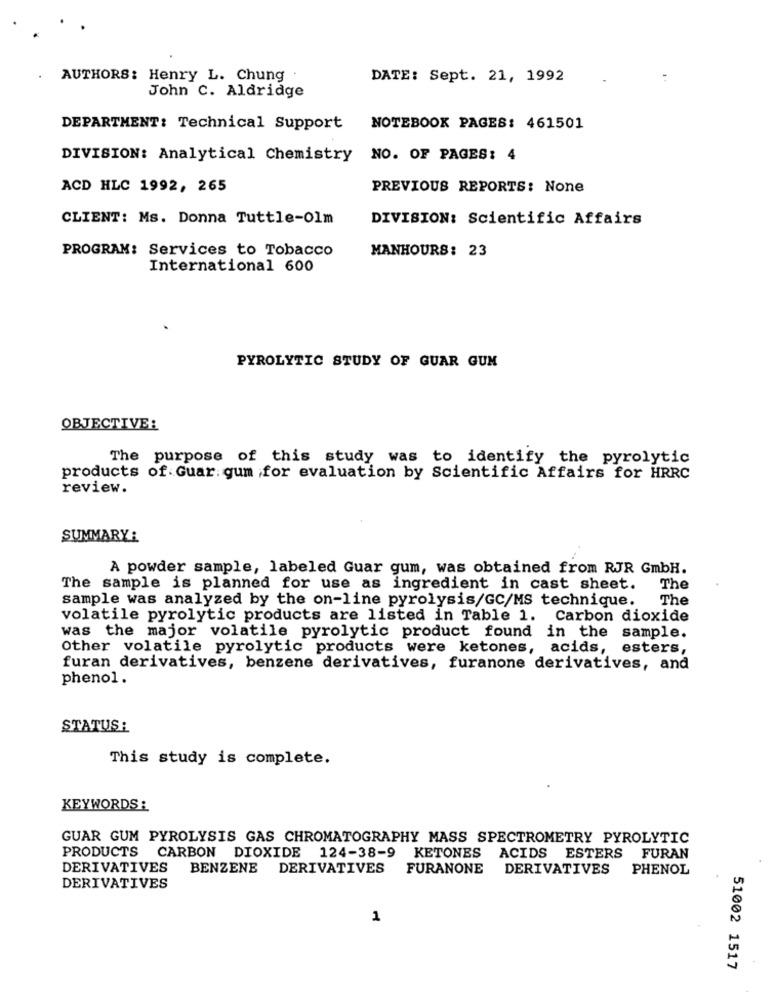
AUTHORS: Henry L. Chung
DATE: Sept. 21, 1992
John C. Aldridge
DEPARTMENT: Technical Support NOTEBOOK PAGES: 461501
DIVISION: Analytical Chemistry NO. OF PAGES: 4
ACD HLC 1992, 265
PREVIOUS REPORTS: None
CLIENT: Ms. Donna Tuttle-Olm
DIVISION: Scientific Affairs
PROGRAM: Services to Tobacco
MANHOURS: 23
International 600
PYROLYTIC STUDY OF GUAR GUM
OBJECTIVE:
The purpose of this study was to identify the pyrolytic
products of Guar gum for evaluation by Scientific Affairs for HRRC
review.
SUMMARY :
A powder sample, labeled Guar gum, was obtained from RJR GmbH.
The sample is planned for use as ingredient in cast sheet.
The
sample was analyzed by the on-line pyrolysis/GC/MS technique.
The
volatile pyrolytic products are listed in Table 1. Carbon dioxide
was the major volatile pyrolytic product found in the sample.
Other volatile pyrolytic products were ketones, acids, esters,
furan derivatives, benzene derivatives, furanone derivatives, and
phenol.
STATUS :
This study is complete.
KEYWORDS :
GUAR GUM PYROLYSIS GAS CHROMATOGRAPHY MASS SPECTROMETRY PYROLYTIC
PRODUCTS CARBON DIOXIDE 124-38-9 KETONES ACIDS ESTERS FURAN
DERIVATIVES
BENZENE DERIVATIVES FURANONE DERIVATIVES PHENOL
DERIVATIVES
1
51002 1517